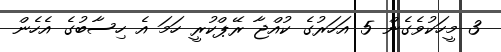
3 މީހަކުވެގެން 5 އަހަރުގެ ކުއްޖާ ރޭޕްކުރީ ހަމަ އެ ހިސާބުގެ އެހެން